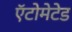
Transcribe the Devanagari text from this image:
ऍटोमेटेड